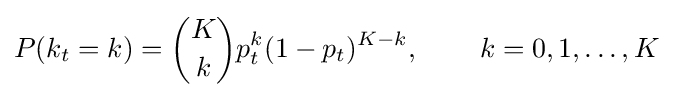
P(k_{t}=k)={K \choose k}p_{t}^{k}(1-p_{t})^{K-k},\,\quad \quad k=0,1,\dots ,K